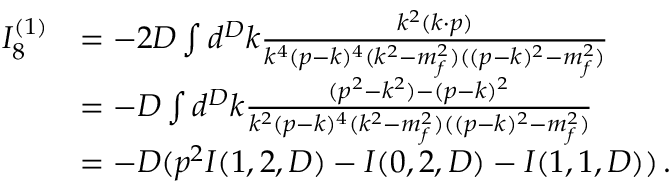
\begin{array} { r l } { I _ { 8 } ^ { ( 1 ) } } & { = - 2 D \int d ^ { D } k \frac { k ^ { 2 } ( k \cdot p ) } { k ^ { 4 } ( p - k ) ^ { 4 } ( k ^ { 2 } - m _ { f } ^ { 2 } ) ( ( p - k ) ^ { 2 } - m _ { f } ^ { 2 } ) } } \\ & { = - D \int d ^ { D } k \frac { ( p ^ { 2 } - k ^ { 2 } ) - ( p - k ) ^ { 2 } } { k ^ { 2 } ( p - k ) ^ { 4 } ( k ^ { 2 } - m _ { f } ^ { 2 } ) ( ( p - k ) ^ { 2 } - m _ { f } ^ { 2 } ) } } \\ & { = - D ( p ^ { 2 } I ( 1 , 2 , D ) - I ( 0 , 2 , D ) - I ( 1 , 1 , D ) ) \, . } \end{array}